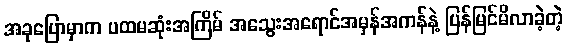
အခုပြောမှာက ပထမဆုံးအကြိမ် အသွေးအရောင်အမှန်အကန်နဲ့ ပြန်မြင်မိလာခဲ့တဲ့